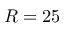
R = 2 5